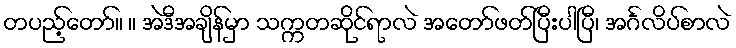
တပည့်တော်။ ။ အဲဒီအချိန်မှာ သက္ကတဆိုင်ရာလဲ အတော်ဖတ်ပြီးပါပြီ၊ အင်္ဂလိပ်စာလဲ